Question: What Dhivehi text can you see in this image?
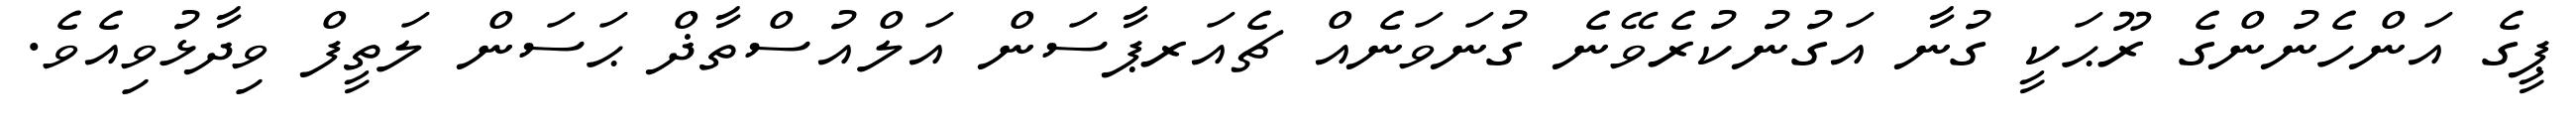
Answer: ޕީގެ އަންހެނުންގެ ރޫޙަކީ ގުނާ އަގުނުކުރެވޭނެ ގުނަވަނެއް ޗެއަރޕާސަން އަލްއުސްތާޛް ޙަސަން ލަތީފް ވިދާޅުވިއެވެ.